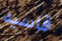
قاسيه